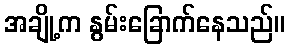
အချို့က နွမ်းခြောက်နေသည်။